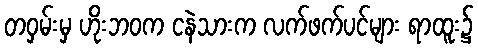
တဝှမ်းမှ ဟိုးဘဝက ငနဲသားက လက်ဖက်ပင်များ ရာထူး၌